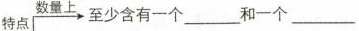
特点 数量上 至少含有一个 和一个